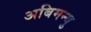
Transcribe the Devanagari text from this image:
अबिमन्यु